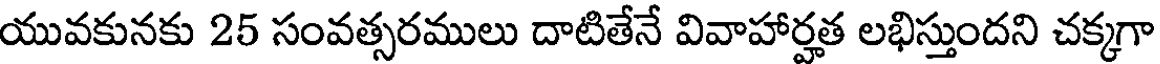
యువకునకు 25 సంవత్సరములు దాటితేనే వివాహార్హత లభిస్తుందని చక్కగా